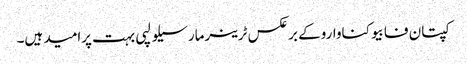
کپتان فابیوکناواروکے برعکس ٹرینرمارسیلو لپی بہت پرامید ہیں۔